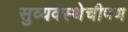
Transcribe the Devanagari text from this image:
सुव्यवस्थेचीपण